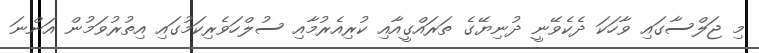
މި ޖަލްސާގައި ވާހަކަ ދެކެވޭނީ ދުނިޔޭގެ ތަރައްގީއާއި ކުރިއެރުމާއި ސުލްހަވެރިކަމުގައި އިތުރުވަމުން އަންނަ